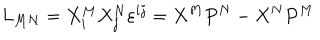
LaTeX: L _ { M N } = X _ { i } ^ { M } X _ { j } ^ { N } \varepsilon ^ { i j } = X ^ { M } P ^ { N } - X ^ { N } P ^ { M }